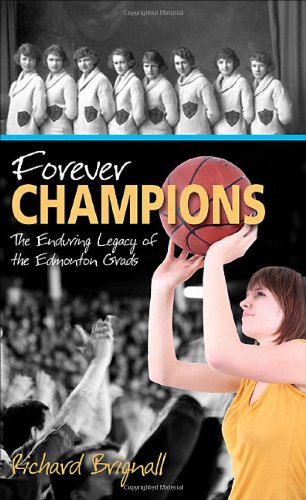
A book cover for Forever Champions: The Enduring Legacy of the Edmonton Grads Women's Basketball Team (Lorimer Recordbooks); Richard Brignall; Teen & Young Adult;